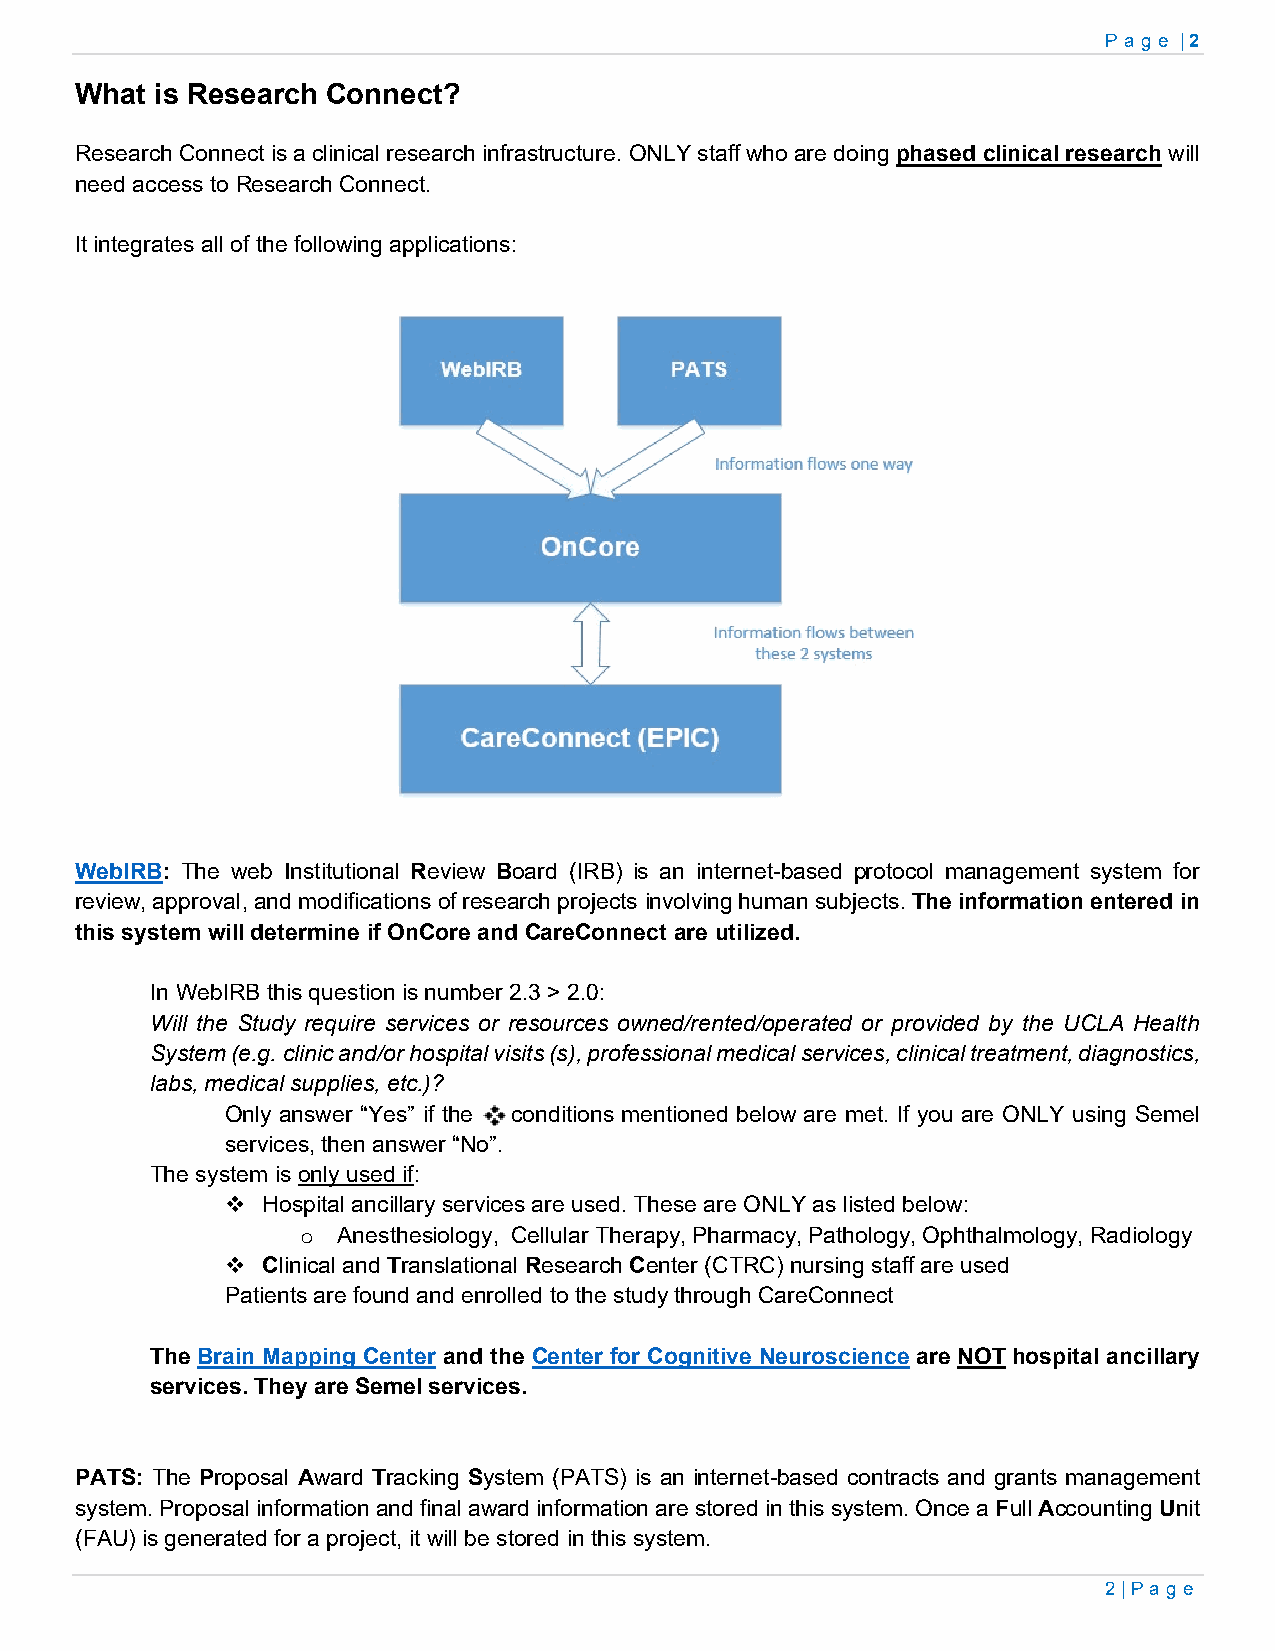
Page | 2
 What is Research Connect?
 Research Connect is a clinical research infrastructure. ONLY staff who are doing phased clinical research will
 need access to Research Connect.
 It integrates all of the following applications:
 WebIRB: The web Institutional Review Board (IRB) is an internet-based protocol management system for
 review, approval, and modifications of research projects involving human subjects. The information entered in
 this system will determine if OnCore and CareConnect are utilized.
 In WebIRB this question is number 2.3 > 2.0:
 Will the Study require services or resources owned/rented/operated or provided by the UCLA Health
 System (e.g. clinic and/or hospital visits (s), professional medical services, clinical treatment, diagnostics,
 labs, medical supplies, etc.)?
 Only answer “Yes” if the conditions mentioned below are met. If you are ONLY using Semel
 services, then answer “No”.
 The system is only used if:
  Hospital ancillary services are used. These are ONLY as listed below:
 Anesthesiology, Cellular Therapy, Pharmacy, Pathology, Ophthalmology, Radiology
 o
  Clinical and Translational Research Center (CTRC) nursing staff are used
 Patients are found and enrolled to the study through CareConnect
 The Brain Mapping Center and the Center for Cognitive Neuroscience are NOT hospital ancillary
 services. They are Semel services.
 PATS: The Proposal Award Tracking System (PATS) is an internet-based contracts and grants management
 system. Proposal information and final award information are stored in this system. Once a Full Accounting Unit
 (FAU) is generated for a project, it will be stored in this system.
 2 | Pa ge